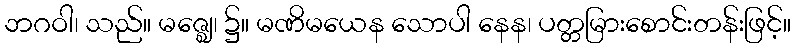
ဘဂဝါ၊ သည်။ မဇ္ဈေ၊ ၌။ မဏိမယေန သောပါ နေန၊ ပတ္တမြားစောင်းတန်းဖြင့်။